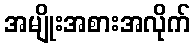
အမျိုးအစားအလိုက်